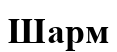
Шарм